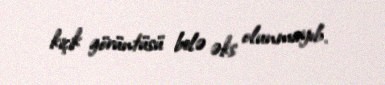
kiçik görüntüsü belə əks olunmayıb.